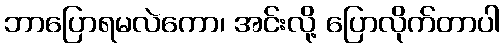
ဘာပြောရမလဲကော၊ အင်းလို့ ပြောလိုက်တာပါ